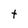
Character: t